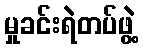
မှုခင်းရဲတပ်ဖွဲ့